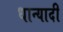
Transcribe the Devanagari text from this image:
धान्यादी